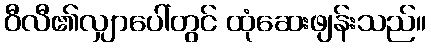
ဝီလီ၏လျှာပေါ်တွင် ထုံဆေးဖျန်းသည်။